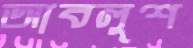
আবলুশ